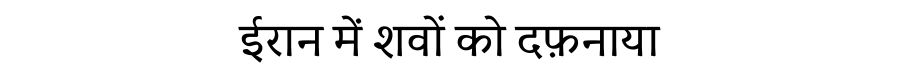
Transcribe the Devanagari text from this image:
ईरान में शवों को दफ़नाया